Vaccination Hyderabad 1890-1903 - 1890-1903
Year: 1890
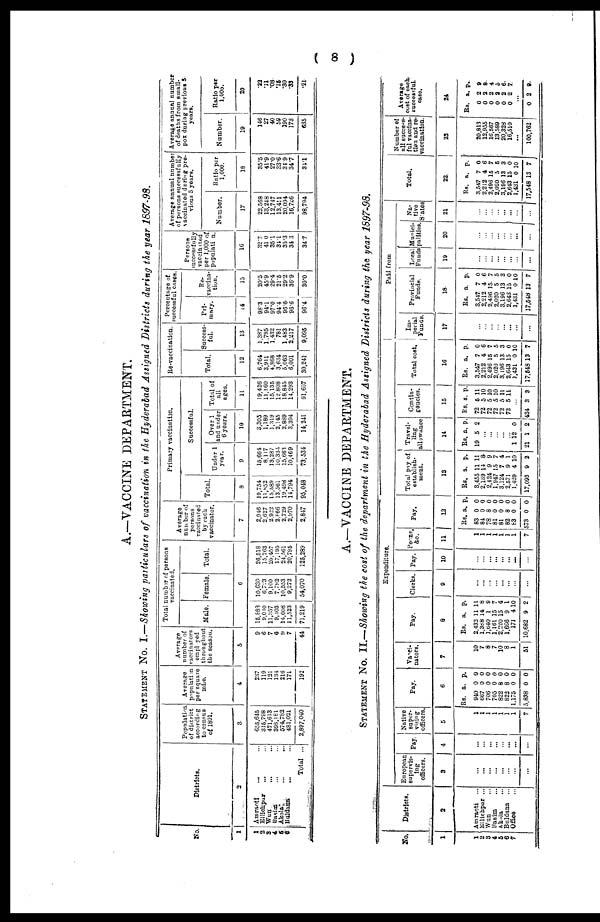
( 8 )
A.—VACCINE DEPARTMENT.
STATEMENT No. I.—Showing particulars of vaccination in the Hyderabad Assigned Districts during the year 1897-98.
No.
1
1
2
3
4
5
3
Districts.
2
Amraoti
... ...
Ellichpur
... ...
Wun ... ...
Basim
... ...
Akola ... ...
Buldana ... ...
Total ...
Population
of district
according
to census
of 1891.
3
655,645
315,798
471,613
393,181
574,782
481,021
2,897,040
Average
population
per square
mile.
4
237
119
121
134
216
171
192
Average
number of
vaccinators
employed
throughout
the season.
5
9
6
7
6
9 7
44
Total number of persons
vaccinated.
Male. Female. Total.
6
15,888
9,010
11,357
9,403
14,008
11,523
71,219
10,630
6,723
9,100
7,792
10,553
9,272
54,070
26,518
15,763
20,457
17,195
24,561
20,795
126,289
Average
number of
persons
vaccinated
by each
vaccinator.
7
2,946 2,627 2,922 2,866
2,729
2,970
2,847
Primary vaccination.
Total.
8
19,754
11,852
15,589
13,561
19,498
14,794
95,048
Successful.
Under 1
year.
9
15,664
8,117
13,287
10,334
15,663
10,469
73,534
Over 1
and under
6 years.
10
3,305
1,189
1,319
2,145
2,889
3,394
14,241
Total of
all
ages.
11
19,426
11,160
15,135
12,808
18,845
14,293
91,667
He-vaccination.
Total.
12
6,764
3,911
4,868
3,634
5,063
6,001
30,241
Success¬
ful.
13
1,387
1,795
1,432
781
1,483
2,217
9,095
Percentage of
successful cases.
Pri-
-ary.
14
98.3
94.1
97.0
94.4
96.6
96.6
96.4
Re¬
vaccina-
tion.
15
20.5
45.9
29.4
21.5
29.2
36.9
30.0
Persons
successfully
vaccinated
per 1,000 of
population.
16
32.7
41.0
35.1
34.1
35.3
34.3
34.7
Average annual number
of persons successfully
vaccinated during pre-
vious 5 years.
Number.
17
22,568 13,248 12,747
13,411
20,094 16,726
98,794
Ratio par
1,000.
18
35.5
41.9
27.0
33.6
34.9
34.7
34.1
Average annual number
of deaths from small-
pox during previous 5
years.
Number.
19
146
27
40
59
190
173
635
Ratio per
1,000.
20
.23
.11 .08
.15
.30
.33
.21
A.—VACCINE DEPARTMENT.
STATEMENT No. II.—Showing the cost of the department in the Hyderabad Assigned Districts during the year 1897-98.
No.
1
1
2
3
4
5
6
7
Districts.
2
Amraoti ...
Ellichpur ...
Wun ...
Basim ...
Alola ...
Buldana
...
Office
Expenditure.
European
supervis-
ing
officers.
3
...
...
...
...
...
...
...
...
Pay.
4
...
...
...
...
...
...
...
...
Native
super¬
vising
officers.
5
1
1
1
1
1
1
1
7
Pay.
6
Rs.
940
667
706
705
822
822
1,175
5,838
a.
0
0
0
0
8
8
0
0
p.
0
0
0
0
0
0
0
0
Vacci-
nators.
7
10
7
8
7
10
8
1
51
Pay.
8
Rs.
2,432
1,388
1,640
1,161
2,220
1,666
171
10,682
a.
11
14
1
15
15
9
4
9
p.
11
8
9
7
4
1
10
2
Clerks.
9
...
...
...
...
...
...
...
...
Pay.
10
...
...
...
...
...
...
...
...
Peons,
&c.
11
1
1
1
1
1
1
1
7
Pay.
12
Rs.
83
84
78
81
81
82
83
573
a.
0
0
8
0
0
8
0
0
p.
0
0
0
0
0
0
0
0
Total pay of
establish-
ment.
13
Rs.
3,455
2,139
2,424
1,947
3,124
2,571
1,429
17,093
a.
11
14
9
15
7
9
4
9
p.
11
8
9
7
4
1
10
2
Travel-
ling
allowance
14
Rs.
19
a.
5
p.
2
...
...
...
...
...
1
21
12
1
0
2
Contin-
gencies.
15
Rs.
72
72
72
72
72
72
a.
6
5
5
5
5
5
p.
11
10
10
10
11
11
...
434 3 3
Total cost.
16
Rs.
3,547
2,212
2,496
2,020
3,196
2,643
1,431
17,548
a.
7
4
15
5
13
15
0
13
p.
0
6
7
5
3
0
10
7
Paid from
Im-
perial
Funds.
17
...
...
...
...
...
...
...
...
Provincial
funds.
18
Rs.
3,547
2,212
2,496
2,020
3,196
2,643
1,431
17,548
a.
7
4
15
5
13
15
0
13
p.
0
6
7
5
3
0
10
7
Local
Funds
19
...
...
...
...
...
...
...
...
Munici¬
palties.
20
...
...
...
...
...
...
...
...
Na¬
tive
States 21
...
...
...
...
...
...
...
...
Total.
22.
Rs.
3,547
2,212
2,496
2,020
3,196
2,643
1,431
17,548
a.
7
4
15
5
13
15
0
13
p.
0
6
7
5
3
0
10
7
Number of
all success-
ful vaccina¬
tion and re¬
vaccination.
23
20,813
12,955
16,567
13,589
20,328
16,510
...
100,762
Average
cost of each
successful.
case.
24
Rs.
0
0
0
0
0
0
a.
2
2
2
2
2
2
p.
0
8
4
5
6
7
...
0 2 9